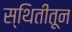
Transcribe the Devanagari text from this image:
स्थितीतून